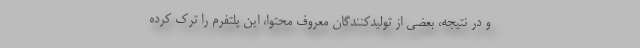
و در نتیجه، بعضی از تولیدکنندگان معروف محتوا، این پلتفرم را ترک کرده